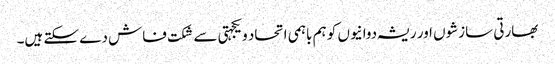
بھارتی سازشوں اور ریشہ دوانیوں کو ہم باہمی اتحاد ویکجہتی سے شکت فاش دے سکتے ہیں۔